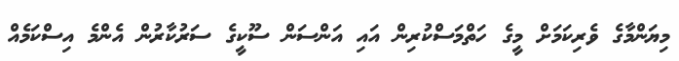
މިޔަންމާގެ ވެރިކަމަށް މީގެ ހަތްމަސްކުރިން އައި އަންސަން ސޫކީގެ ސަރުކާރުން އެންމެ އިސްކަމެއް